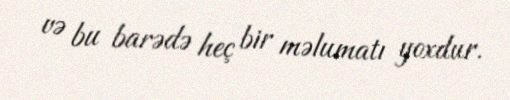
və bu barədə heç bir məlumatı yoxdur.